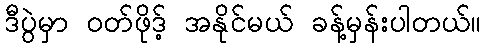
ဒီပွဲမှာ ဝတ်ဖိုဒ့် အနိုင်မယ် ခန့်မှန်းပါတယ်။